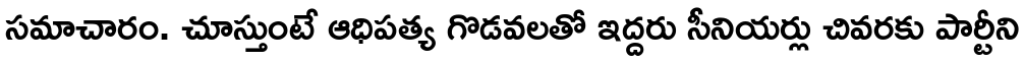
సమాచారం. చూస్తుంటే ఆధిపత్య గొడవలతో ఇద్దరు సీనియర్లు చివరకు పార్టీని